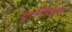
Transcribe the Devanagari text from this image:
प्राणिभव